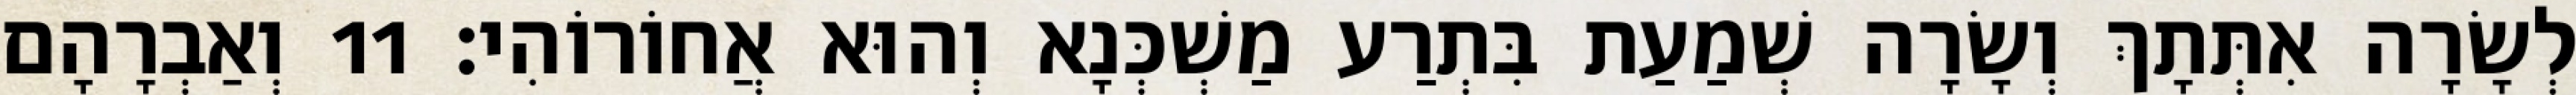
לְשָׂרָה אִתְּתָךְ וְשָׂרָה שְׁמַעַת בִּתְרַע מַשְׁכְּנָא וְהוּא אֲחוֹרוֹהִי׃ 11 וְאַבְרָהָם